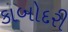
કાબોદરી